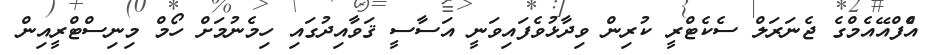
އެްފްއޭއެމްގެ ޖެނަރަލް ސެެކެޓްރީ ކުރިން ވިދާޅުވެފައިވަނީ އަސާސީ ޤަވާއިދުގައި ހިމެނުމަށް ހޯމް މިނިސްޓްރީއިން